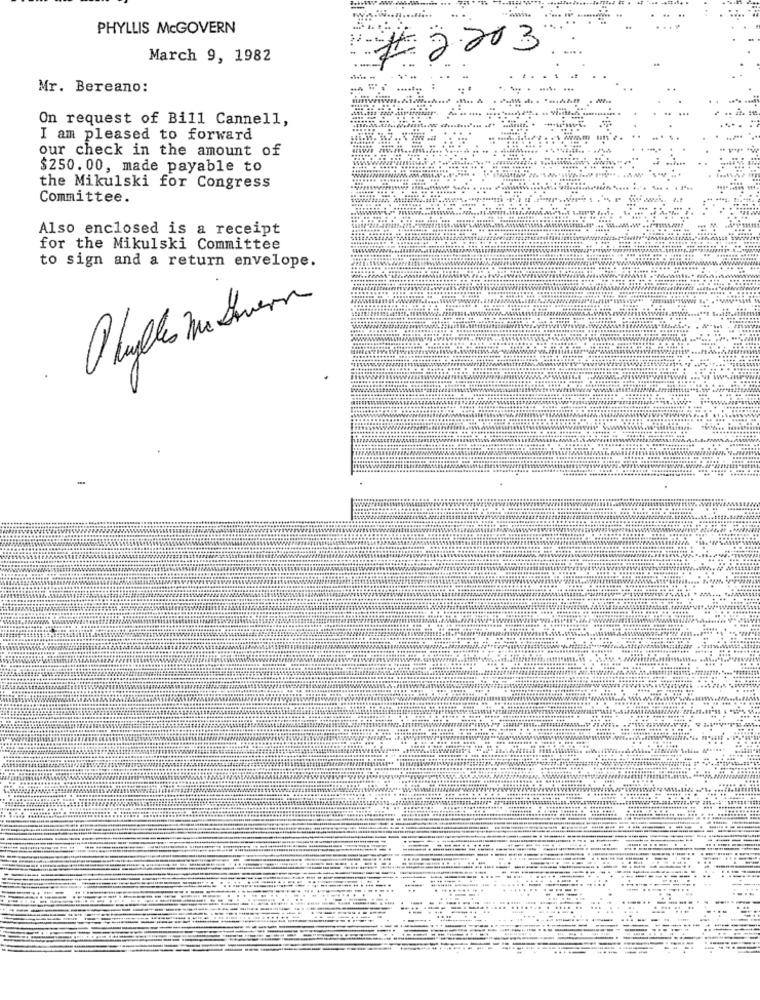
"7%
PHYLLIS McGOVERN
#2203
March 9, 1982
-
....
Mr. Bereano:
On request of Bill Cannell,
I am pleased to forward
our check in the amount of
$250.00, made payable to
the Mikulski for Congress
Committee.
Also enclosed is a receipt
for the Mikulski Committee
to sign and a return envelope.
1 cuples the Seven
---